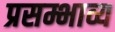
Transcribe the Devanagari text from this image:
प्रसम्भाव्य